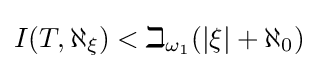
\textstyle I(T,\aleph _{\xi })<\beth _{\omega _{1}}(|\xi |+\aleph _{0})